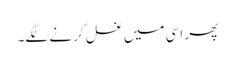
پھر اسی میں غسل کرنے لگے۔